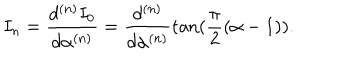
I _ { n } = \frac { d ^ { ( n ) } I _ { 0 } } { d \alpha ^ { ( n ) } } = \frac { d ^ { ( n ) } } { d \alpha ^ { ( n ) } } \tan ( \frac { \pi } { 2 } ( \alpha - 1 ) ) .